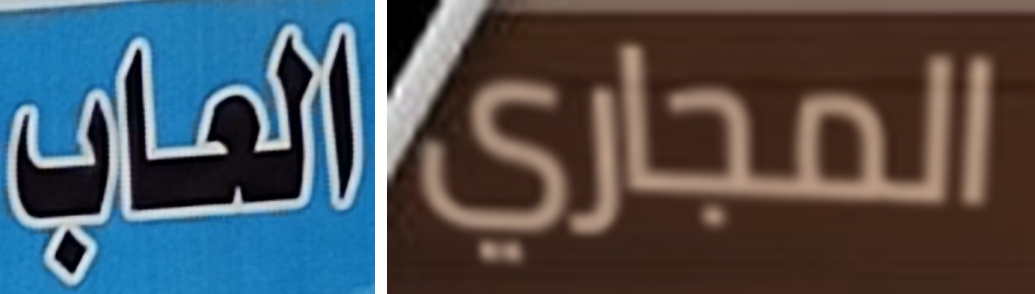
العاب المجاري